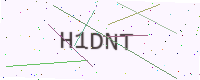
Text: H1DNT